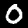
Label: 0